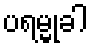
ပရမ္မုခါ